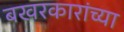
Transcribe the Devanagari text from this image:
बखरकारांच्या